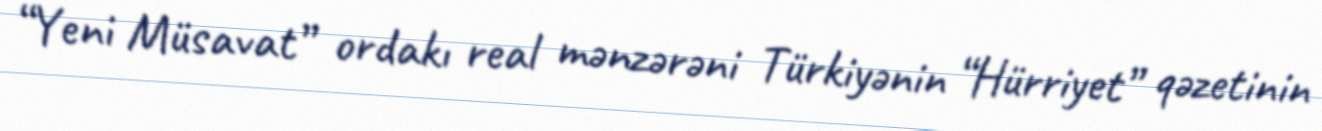
“Yeni Müsavat” ordakı real mənzərəni Türkiyənin “Hürriyet” qəzetinin